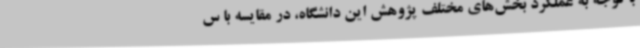
با توجه به عملکرد بخش‌های مختلف پژوهش این دانشگاه، در مقایسه با س